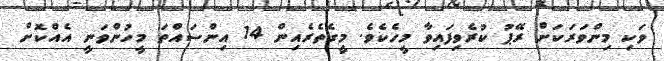
ވަކި މިންވަރަކަށް ރޭޕު ކުރެވިފައިވާ މީހެކެވެ. މީގެތެރެއިން 14 އިންސައްތަ މީހުންވަނީ އެއްކޮށް